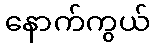
နောက်ကွယ်